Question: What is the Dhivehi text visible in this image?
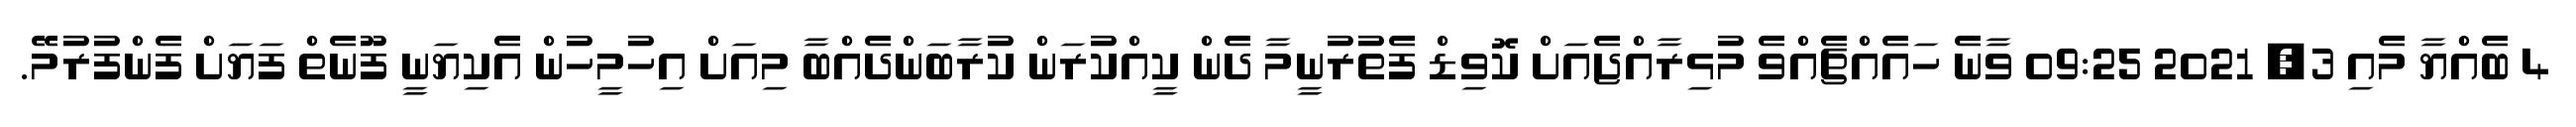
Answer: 4 ބެއްޔާ މެއި 3, 2021 09:25 ވާނެ ހައެއްޗެއްވެ މުޅިރާއްޖެއަށް ކޮވިޑް ފެތުރުނީމާ ދެން ކީއްކުރަން ކުރާބަންދެއްބާ މިއަށް އިހުމީހުން އެކިޔަނީ ފޫނެތް ފަޔަށް ފެންފުރުމޭ.